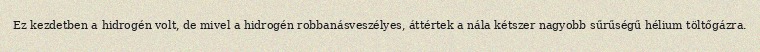
Ez kezdetben a hidrogén volt, de mivel a hidrogén robbanásveszélyes, áttértek a nála kétszer nagyobb sűrűségű hélium töltőgázra.